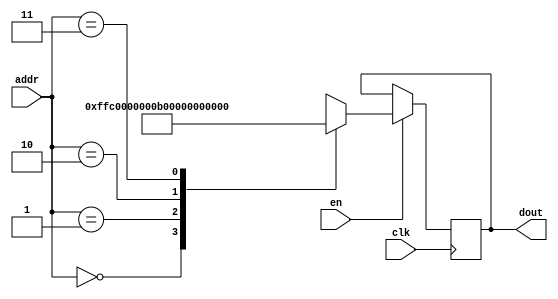
`timescale 1ns / 1ps
/*
Copyright
All right reserved.
Module Name: rom_syn
Author  : Zichuan Liu, Yixing Li and Wenye Liu.
Description:
A synthesized ROM: ROM_DEP x ROM_WID
*/
module AD_REF_ROM_10(
// inputs
clk,
en,
addr,
// outputs
dout
);
localparam ROM_WID = 22;
localparam ROM_DEP = 4;
localparam ROM_ADDR = 2;
// input definition
input clk;
input en;
input [ROM_ADDR-1:0] addr;
// output definition
output [ROM_WID-1:0] dout;
reg [ROM_WID-1:0] data;
always @(posedge clk)
begin
if (en) begin
case(addr)
		2'd0: data <= 22'b1111111111000000000000;
		2'd1: data <= 22'b0000000000000000001010;
		2'd2: data <= 22'b1111111111111111101111;
		2'd3: data <= 22'b1111111111111111111101;
		endcase
		end
	end
	assign dout = data;
endmodule